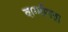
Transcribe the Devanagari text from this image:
वाग्मीयता